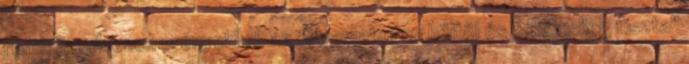
rendelkezik ezen erényekkel, az folyamatosan böjtöl és erkölcsileg tiszta"